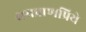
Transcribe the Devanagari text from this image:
रामप्राणप्रिये